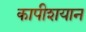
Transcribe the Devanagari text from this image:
कापीशयान